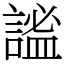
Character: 謐